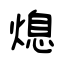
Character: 熄